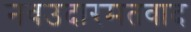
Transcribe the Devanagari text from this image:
नवउदारमतवाद